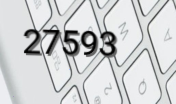
27593